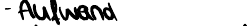
- Aufwand